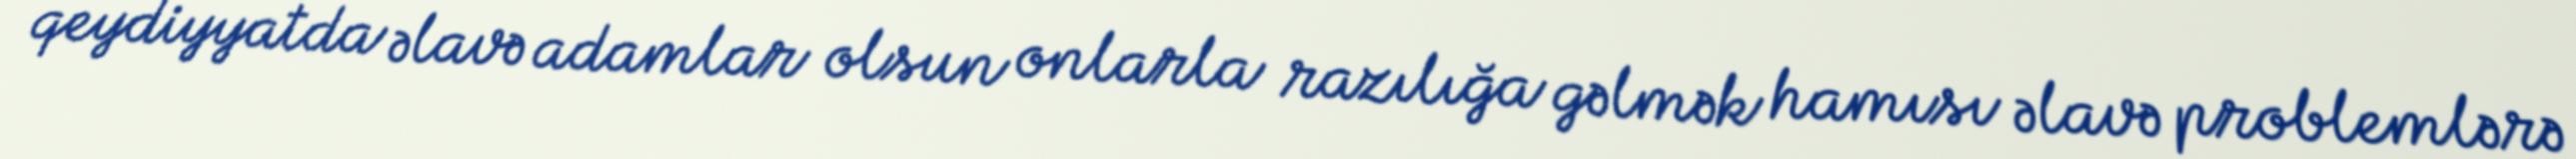
qeydiyyatda əlavə adamlar olsun onlarla razılığa gəlmək hamısı əlavə problemlərə